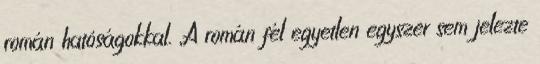
román hatóságokkal. „A román fél egyetlen egyszer sem jelezte